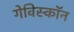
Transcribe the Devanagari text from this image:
गेविस्कॉन